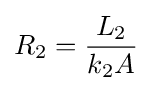
R_{2}={\frac {L_{2}}{k_{2}A}}